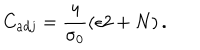
C _ { a d j } = \frac { 4 } { \sigma _ { 0 } } \left( \epsilon 2 + N \right) .